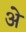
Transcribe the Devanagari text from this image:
अे